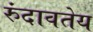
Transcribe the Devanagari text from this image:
रुंदावतेय